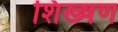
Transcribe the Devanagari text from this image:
शिख्षण